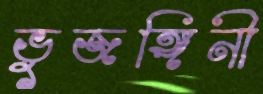
ভুজঙ্গিনী